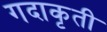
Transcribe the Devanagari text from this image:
गदाकृती